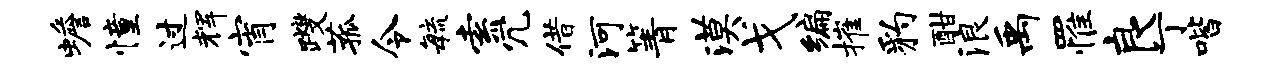
蟾憧过辉宵躞菰令敏索冗借河箐漠戈编摧豹酣浪禹罹良丁喈